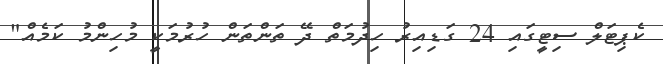
ކެޕިޓަލް ސިޓީގައި 24 ގަޑިއިރު ހިދުމަތް ދޭ ތަންތަން ހުރުމަކީ މުހިންމު ކަމެއް"